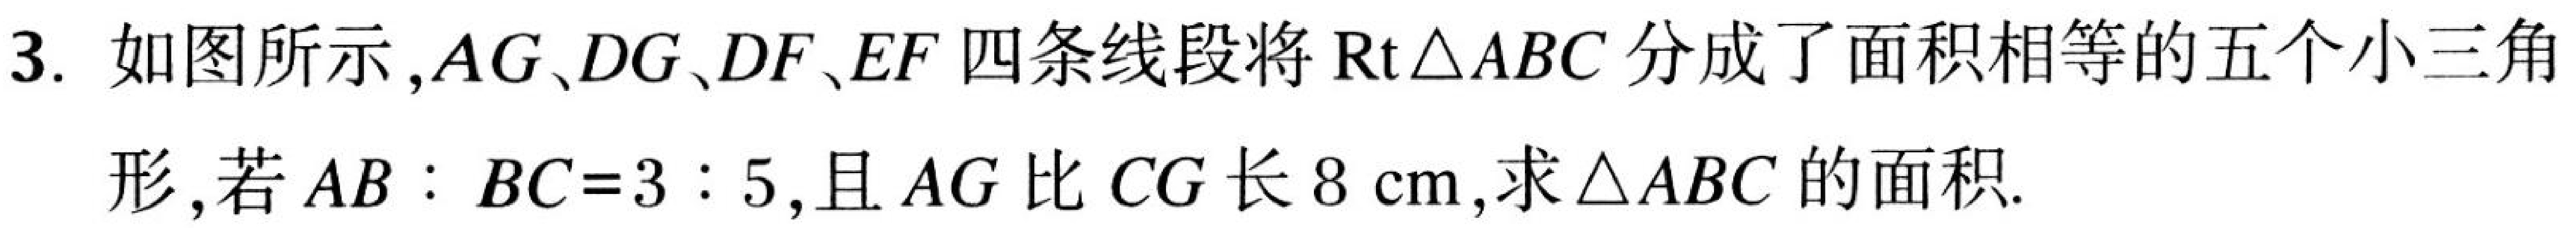
3. 如图所示，$AG$、$DG$、$DF$、$EF$ 四条线段将 $\mathrm{Rt}\triangle ABC$ 分成了面积相等的五个小三角
形，若 $AB:BC = 3:5$，且 $AG$ 比 $CG$ 长 $8\mathrm{cm}$，求 $\triangle ABC$ 的面积.